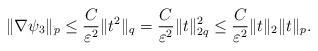
LaTeX: \begin{align*} \|\nabla\psi_3\|_p\leq \frac{C}{\varepsilon^2}\|t^2\|_q= \frac{C}{\varepsilon^2}\|t\|_{2q}^2\leq \frac{C}{\varepsilon^2}\|t\|_2\|t\|_p.\end{align*}